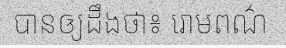
បានឲ្យដឹងថា៖ រោមពណ៌